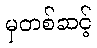
မှတစ်ဆင့်